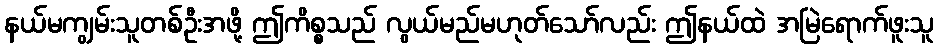
နယ်မကျွမ်းသူတစ်ဦးအဖို့ ဤကိစ္စသည် လွယ်မည်မဟုတ်သော်လည်း ဤနယ်ထဲ အမြဲရောက်ဖူးသူ